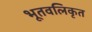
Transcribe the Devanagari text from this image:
भूतवलिकृत